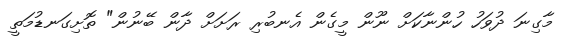
މާގިނަ ދުވަހު ހުންނާކަށް ނޫން މީގެން އެނބުރި ރަށަށް ދާން ބޭނުން" ތޮށިގަނޑުމަތީ